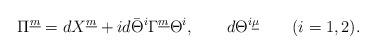
LaTeX: \begin{align*}\Pi^{\underline m}=dX^{\underline m}+id\bar\Theta^{i}\Gamma^{\underline m}\Theta^{i}, \qquad d\Theta^{i\underline \mu} \qquad(i=1,2).\end{align*}